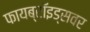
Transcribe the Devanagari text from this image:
फायब्रॉइड्‌सवर